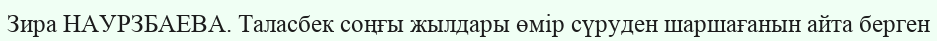
Зира НАУРЗБАЕВА. Таласбек соңғы жылдары өмір сүруден шаршағанын айта берген